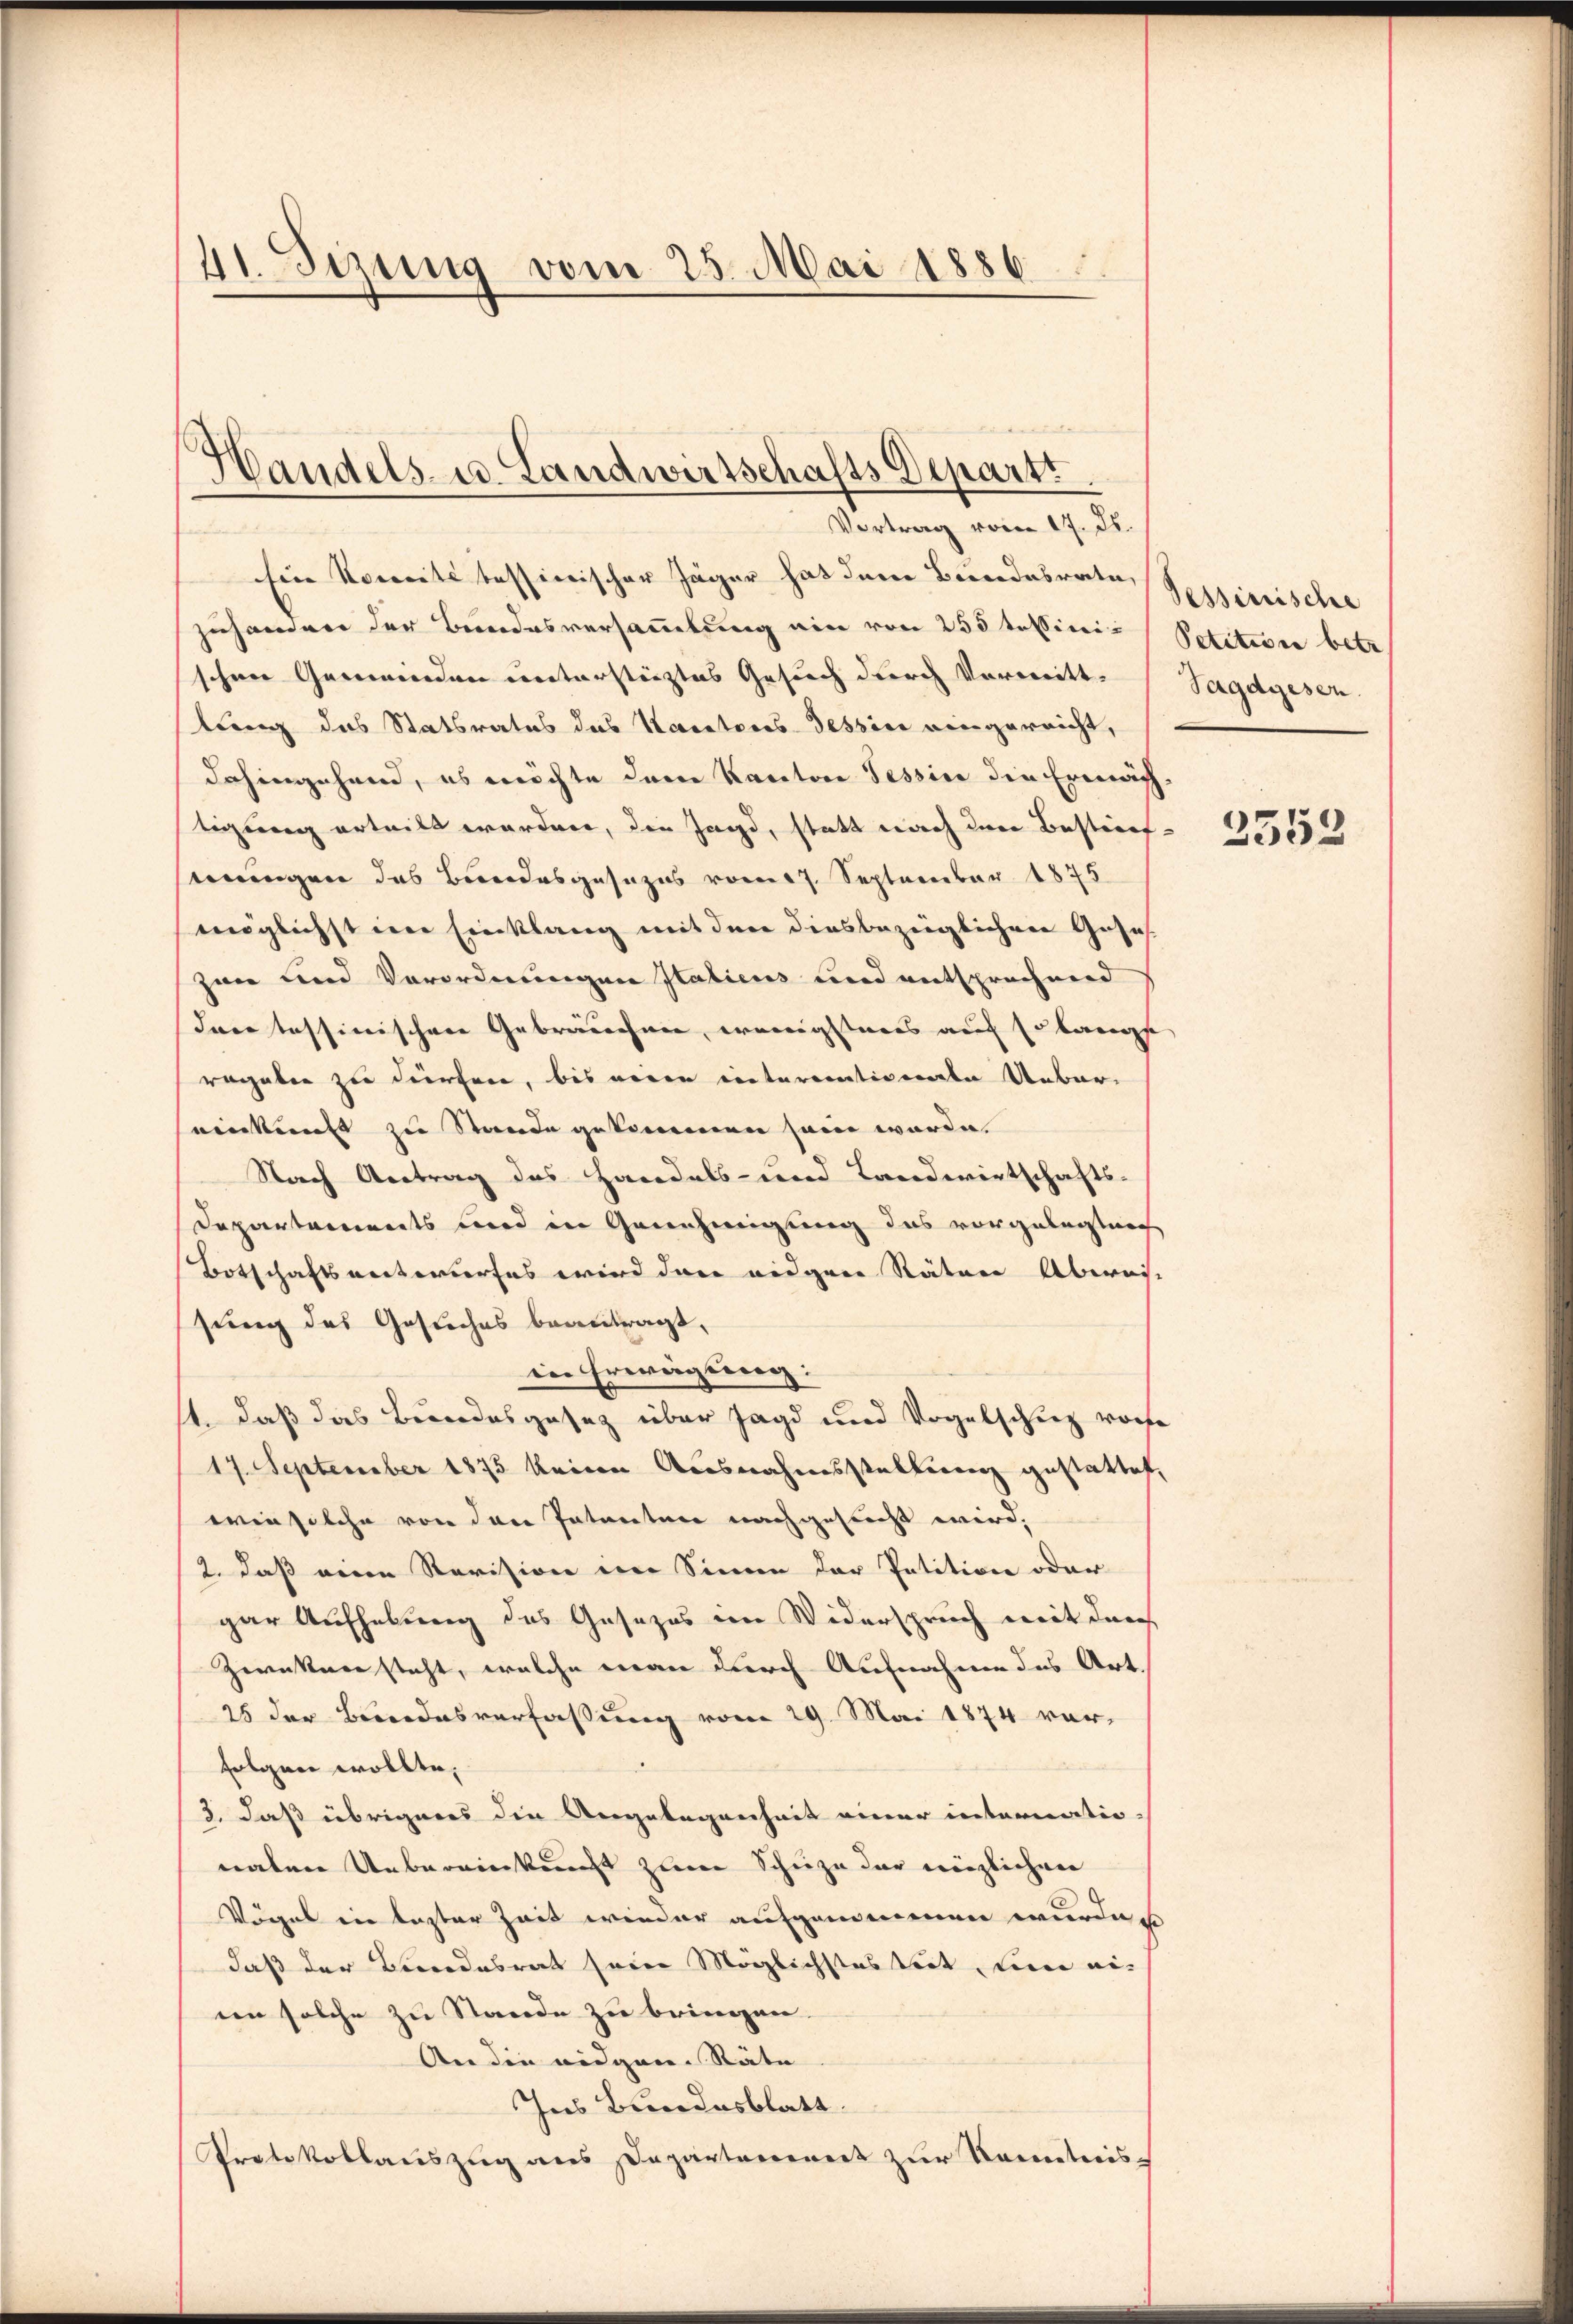
41. Jezung vom 25. Mai 1886

Handels- u. Landwirtschafts-Departi
Vortrag vom 17. Js.

Eine Noweite tessinischer Jäger hat dem Bundesrate,
zuhandere der Bundesversammlung eine von 255 tessini- Petitisie betr
schene Gemeinden unterstürztes Gesuch durch Vormitt-Sagdgesen.
lung des Statsrates das Kantons Tessin eingereicht,
dahingehend, es möchte dem Kanton Tessin die Ermächtigung erteilt worden, die Jagd, statt nach den Bestief
wungen das Bundesgesezes vom 7. September 1875
möglichst im Einklang mit der diesbezüglichen Gefah-
zan und Vorordnungen Italiens und entsprechnend
dare tessinischen Gebräuchen, wenigsteres auf Erlangse
raggeben zu dürfen, bis neuen interemativenden Uebereinkunft zu Stande gekommen sein werde
Nach Antrag des Handels- und Landwirtschafts-
Departements und in Genehmigung das vorgelegten
Botschaftsentwurfes wird dann eidgene Räten Abweist
sung des Gesuches beantragt,
in Erwägung:
st. Daß das Bundesgesetz über Jagd und Vogelschuet worfe
17. September 1875 keine Ausnahmsstellung gestattet,
wie solche von den Intenten nachgesucht wird,
2. daß eine Revision im Sinne der Petition oder
gar Aufhebung des Gesezes im Widerspruch mit der
Zwecken steht, welche man durch Aufnahme des Art.
25 der Bundesverfassung vom 29. Mai 1874 vorfolgen wollte,
2., daß übrigers die Angelegenheit einer internationaten Uebereinkunft zum Schuze der möglichen
Vögel in lezter Zeit wieder aufgenommen wurde
daß der Beendesrat seien Möglichsteskeit, den ei
een solche zu Stande zu bringen.
An die eidgen. Räte
Ins Bundesblatt.
Protokollauszug aus Departennert zur Kenntnis-

Pessinische

2552